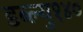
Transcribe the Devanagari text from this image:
डब्ल्यु१४०